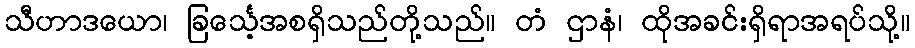
သီဟာဒယော၊ ခြင်္သေ့အစရှိသည်တို့သည်။ တံ ဌာနံ၊ ထိုအခင်းရှိရာအရပ်သို့။